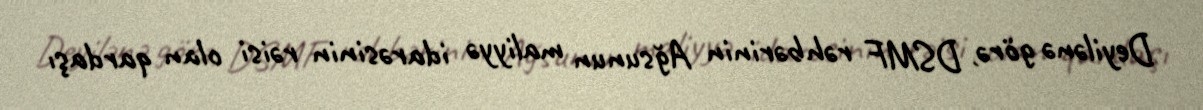
Deyilənə görə, DSMF rəhbərinin Ağsunun maliyyə idarəsinin rəisi olan qardaşı